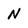
Character: N